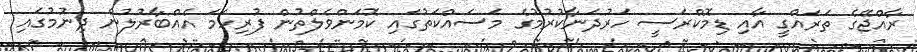
ރާއްޖޭގެ ތަރައްގީ އާއި ޑިމޮކްރަސީ ހަރުދަނާކުރުމުގެ މަސައްކަތުގައި ކޮމަންވެލްތުން ފުރިހަމަ އެއްބާރުލުން ދިނުމުގައި